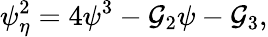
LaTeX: \psi_{\eta}^{2}=4\psi^{3}-\mathcal{G}_{2}\psi-\mathcal{G}_{3},